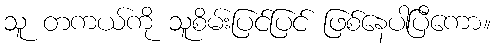
သူ တကယ်ကို သူစိမ်းပြင်ပြင် ဖြစ်နေပါပြီကော။